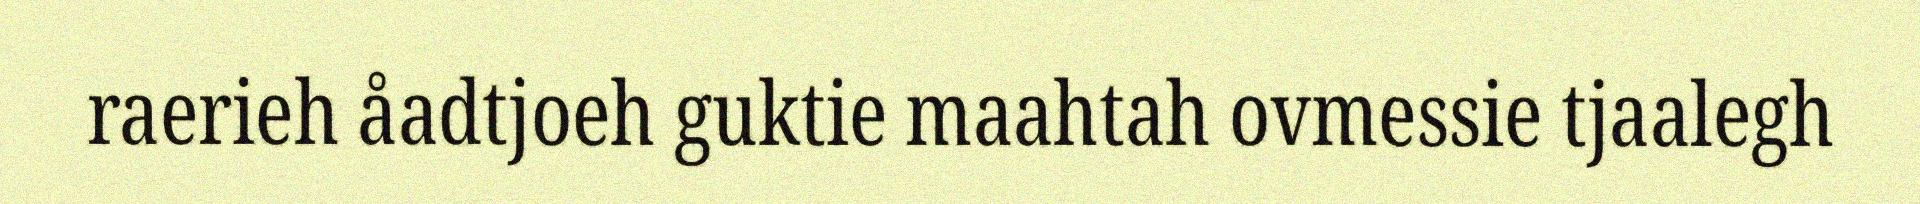
raerieh åadtjoeh guktie maahtah ovmessie tjaalegh